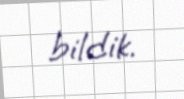
bildik.